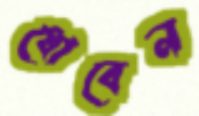
ধোবেন